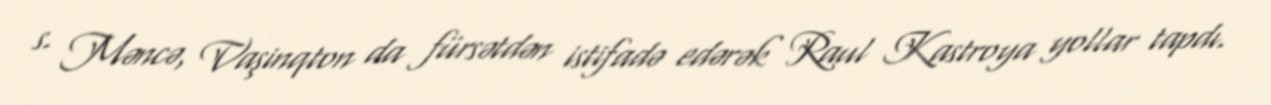
s. Məncə, Vaşinqton da fürsətdən istifadə edərək Raul Kastroya yollar tapdı.